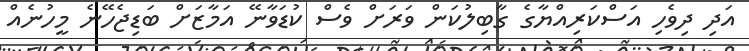
އަދި ދިވެހި އަސްކަރިއްޔާގެ ގާބިލުކަން ވަރަށް ވެސް ކުޑަވާނޭ އަމާޒަށް ބަޑިޖެހޭނެ މީހުނެއް